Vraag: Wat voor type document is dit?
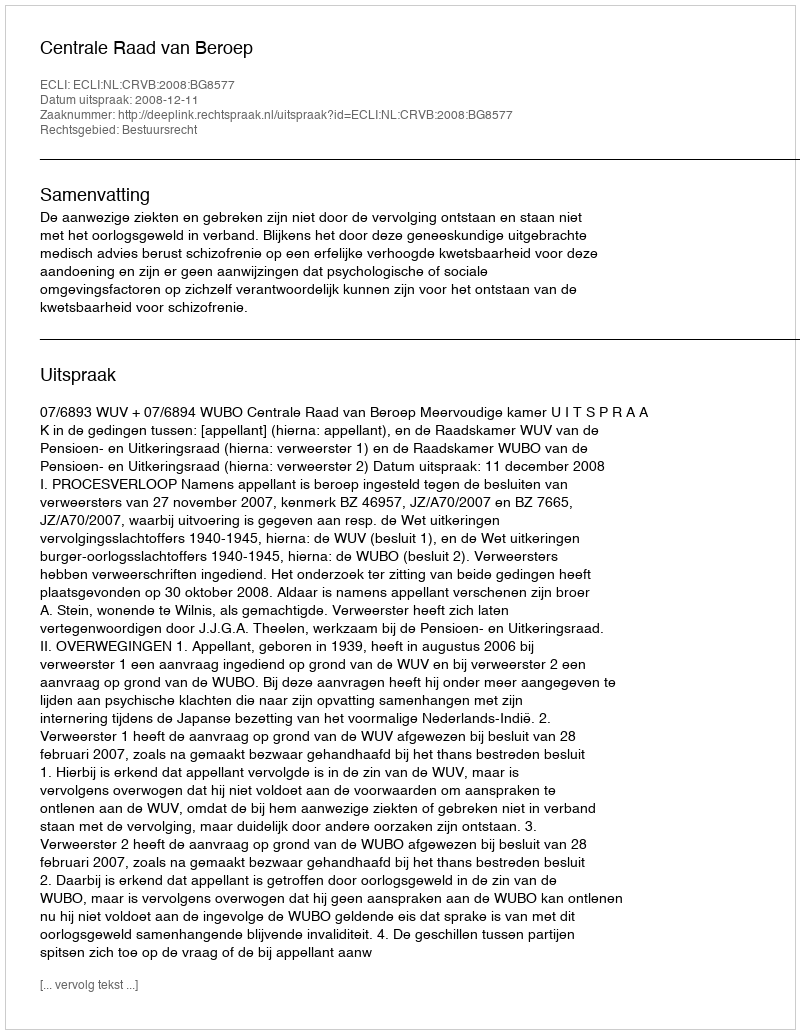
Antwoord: Uitspraak